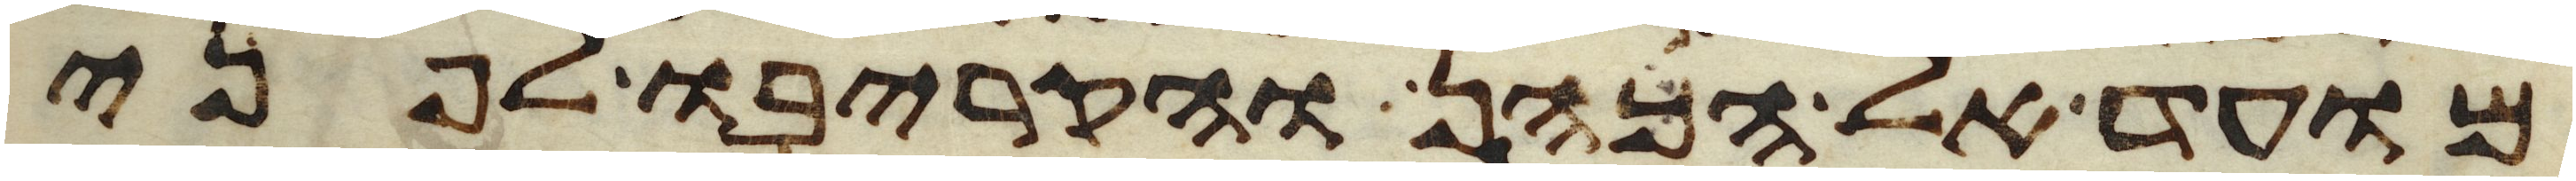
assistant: מועד אל הכהן והקריבו לפני